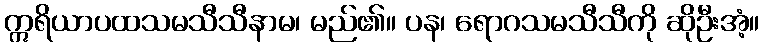
ဣရိယာပထသမသီသီနာမ၊ မည်၏။ ပန၊ ရောဂသမသီသီကို ဆိုဦးအံ့။